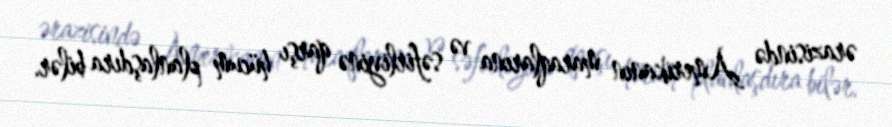
ərazisində Amerikanın maraqlarına və səfirliyinə qarşı hücum planlaşdıra bilər.